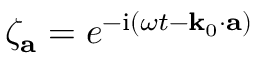
\zeta _ { \mathbf { a } } = e ^ { - \mathrm { i } ( \omega t - \mathbf { k } _ { 0 } \cdot \mathbf { a } ) }